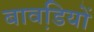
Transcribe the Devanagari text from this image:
बावडि़यों